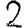
Digit: 2